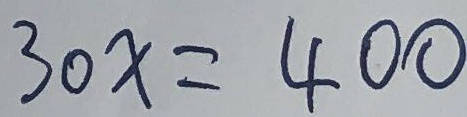
3 0 x = 4 0 0